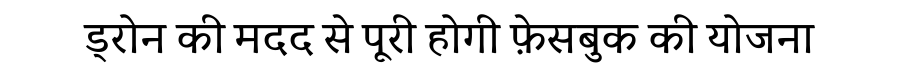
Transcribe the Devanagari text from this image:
ड्रोन की मदद से पूरी होगी फ़ेसबुक की योजना